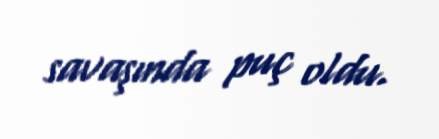
savaşında puç oldu.